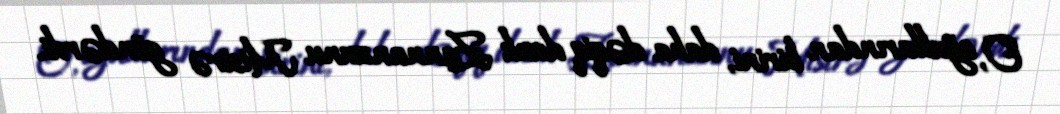
O, oğullarından birini, daha dəqiq desık Zannanzunu Misirə göndərdi.